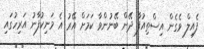
ފެއިލް ވެގެން އިސްތިއުފާ ދޭން ބޭނުންވާ ކަމަށް އޭރު އެ މަނިކުފާނު އަރިހުގައި